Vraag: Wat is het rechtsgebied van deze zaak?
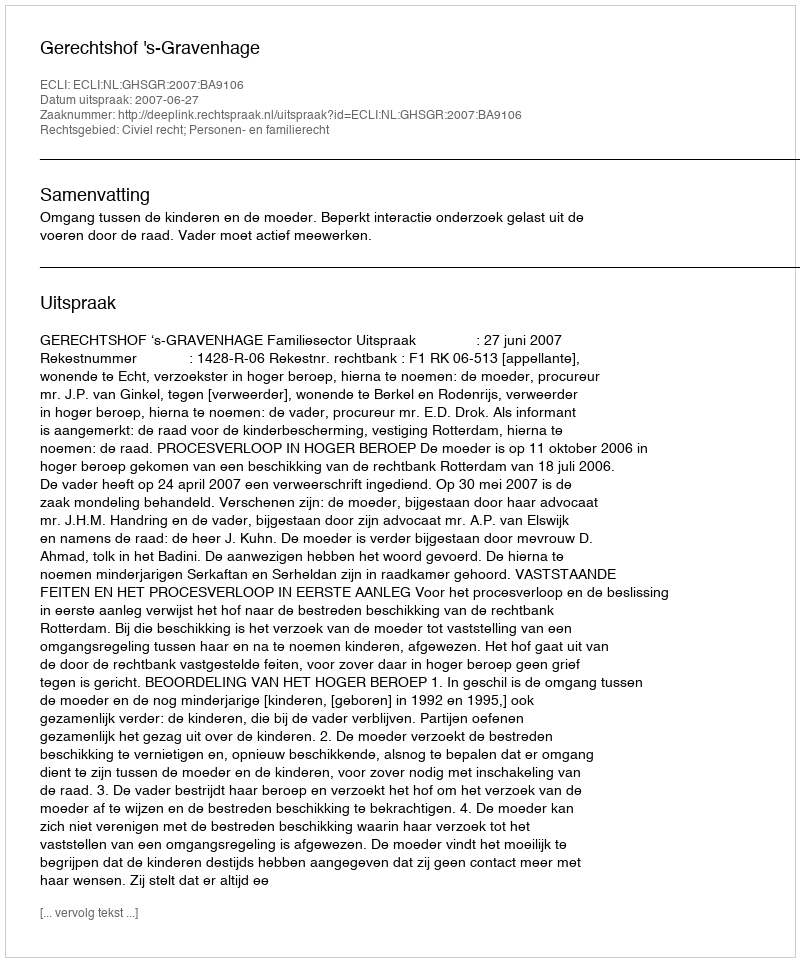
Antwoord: Civiel recht; Personen- en familierecht